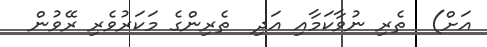
އަށް)  ތެރި ނުވާކަމާއި އަދި  ތެރިންގެ މަކަރުވެރި ރޭވުން